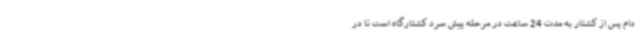
دام پس از کشتار به مدت 24 ساعت در مرحله پیش سرد کشتارگاه است تا در